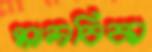
মালবিকা